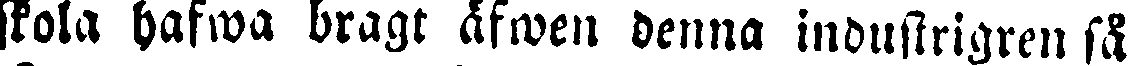
skola hafwa bragt äfwen denna industrigren så